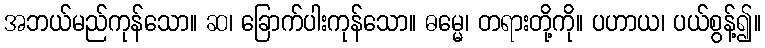
အဘယ်မည်ကုန်သော။ ဆ၊ ခြောက်ပါးကုန်သော။ ဓမ္မေ၊ တရားတို့ကို။ ပဟာယ၊ ပယ်စွန့်၍။